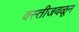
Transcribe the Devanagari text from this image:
वस्तीजवळून